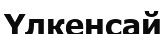
Үлкенсай